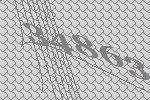
34863